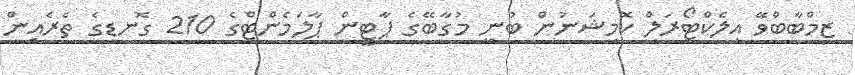
ޒިމްބާބްވޭ އިލެކްޓޯރަލް ކޮމިޝަނުން ބުނީ މުގާބޭގެ ޕާޓީން ޕާލަމެންޓްގެ 210 ގޮނޑީގެ ތެރެއިން